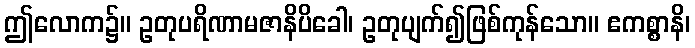
ဤလောက၌။ ဥတုပရိဏာမဇာနိပိခေါ၊ ဥတုပျက်၍ဖြစ်ကုန်သော။ ဧကစ္စာနိ၊